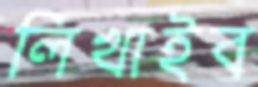
লিখাইব